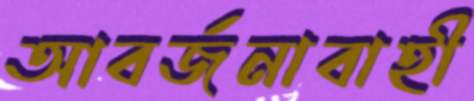
আবর্জনাবাহী